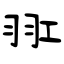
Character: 羾